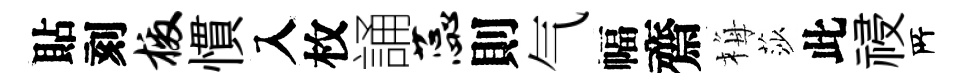
貼刻檄慣入枚誦蕊則气幅齋梅莎此祲𠩄